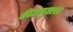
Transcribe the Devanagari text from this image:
कीटाणुशास्त्र